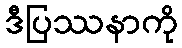
ဒီပြဿနာကို